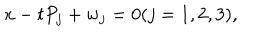
x - t P _ { j } + w _ { j } = 0 ( j = 1 , 2 , 3 ) ,